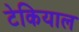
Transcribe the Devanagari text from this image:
टेकियाल